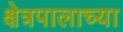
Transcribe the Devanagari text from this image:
क्षेत्रपालाच्या